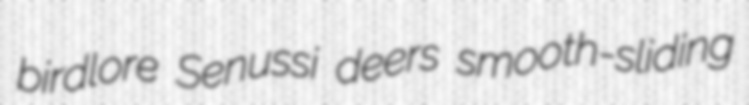
birdlore Senussi deers smooth-sliding